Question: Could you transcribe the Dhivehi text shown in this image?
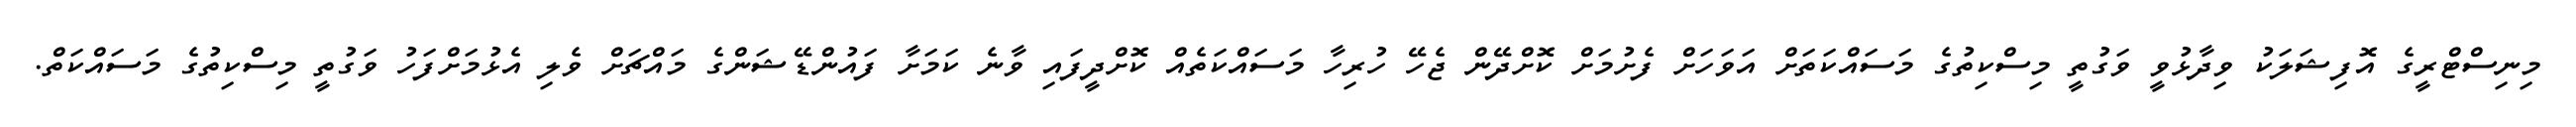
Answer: މިނިސްޓްރީގެ އޮފިޝަލަކު ވިދާޅުވީ ވަގުތީ މިސްކިތުގެ މަސައްކަތަށް އަވަހަށް ފެށުމަށް ކޮށްދޭން ޖެހޭ ހުރިހާ މަސައްކަތެއް ކޮށްދީފައި ވާނެ ކަމަށާ ފައުންޑޭޝަންގެ މައްޗަށް ވެލި އެޅުމަށްފަހު ވަގުތީ މިސްކިތުގެ މަސައްކަތް.